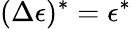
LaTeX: (\Delta\epsilon)^{*}=\epsilon^{*}